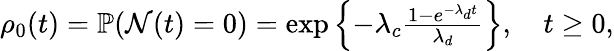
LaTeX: \begin{array}{r}{\rho_{0}(t)=\mathbb{P}(\mathcal{N}(t)=0)=\exp\left\{ -\lambda_{c}\frac{1-e^{-\lambda_{d}t}}{\lambda_{d}}\right\} ,\quad t\geq 0,}\end{array}